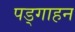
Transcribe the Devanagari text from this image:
पड्गाहन